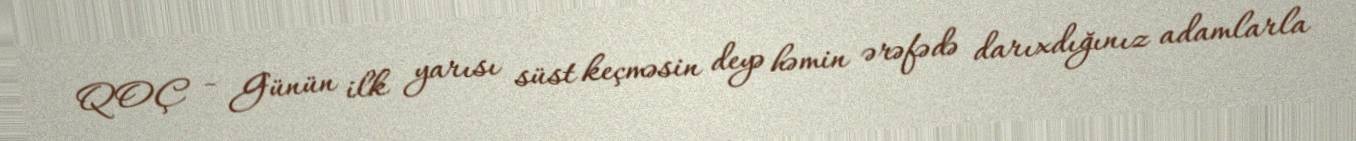
QOÇ - Günün ilk yarısı süst keçməsin deyə həmin ərəfədə darıxdığınız adamlarla